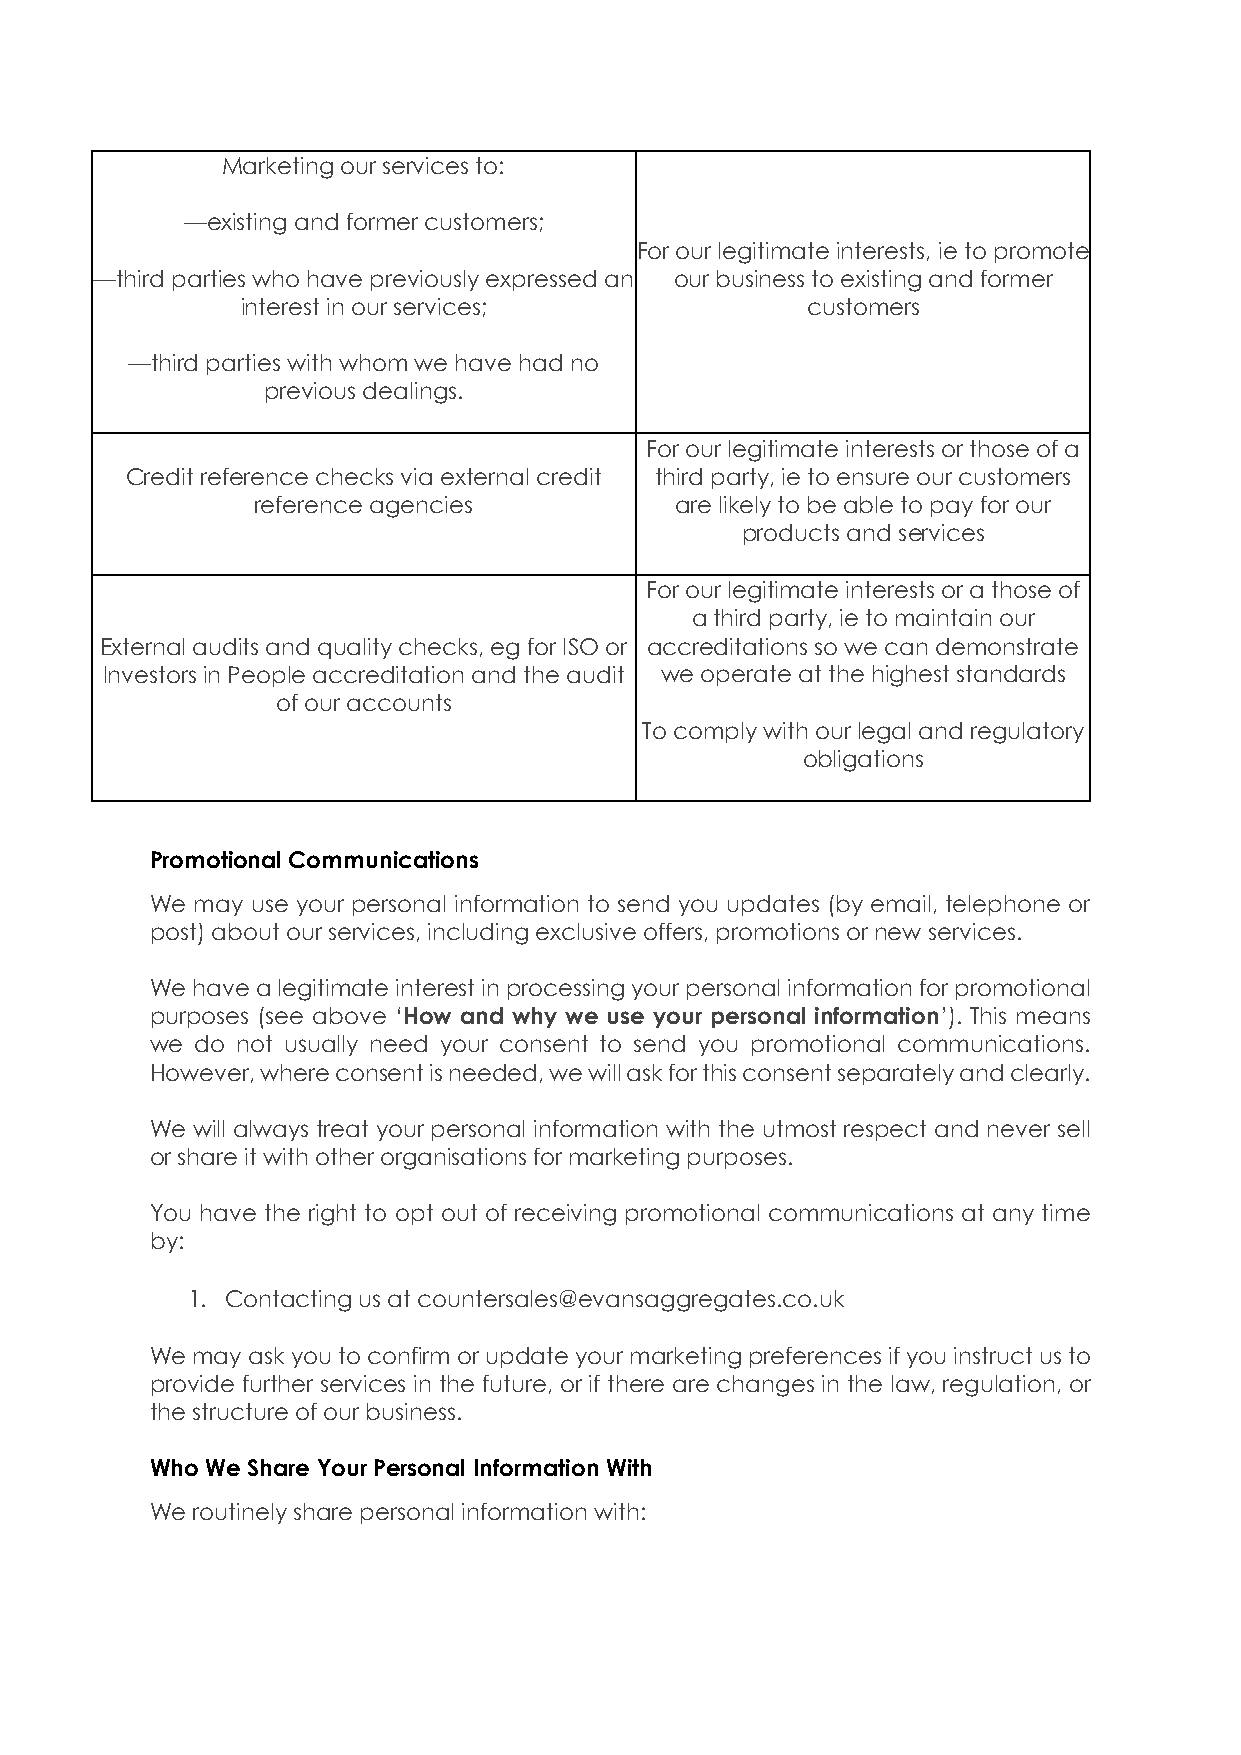
Marketing our services to:
 —existing and former customers;
 For our legitimate interests, ie to promote
 —third parties who have previously expressed an our business to existing and former
 interest in our services;            customers
 —third parties with whom we have had no
 previous dealings.
 For our legitimate interests or those of a
 Credit reference checks via external credit third party, ie to ensure our customers
 reference agencies          are likely to be able to pay for our
 products and services
 For our legitimate interests or a those of
 a third party, ie to maintain our
 External audits and quality checks, eg for ISO or accreditations so we can demonstrate
 Investors in People accreditation and the audit we operate at the highest standards
 of our accounts
 To comply with our legal and regulatory
 obligations
 Promotional Communications
 We may use your personal information to send you updates (by email, telephone or
 post) about our services, including exclusive offers, promotions or new services.
 We have a legitimate interest in processing your personal information for promotional
 purposes (see above ‘How and why we use your personal information’). This means
 we do not usually need your consent to send you promotional communications.
 However, where consent is needed, we will ask for this consent separately and clearly.
 We will always treat your personal information with the utmost respect and never sell
 or share it with other organisations for marketing purposes.
 You have the right to opt out of receiving promotional communications at any time
 by:
 1. Contacting us at countersales@evansaggregates.co.uk
 We may ask you to confirm or update your marketing preferences if you instruct us to
 provide further services in the future, or if there are changes in the law, regulation, or
 the structure of our business.
 Who We Share Your Personal Information With
 We routinely share personal information with: